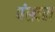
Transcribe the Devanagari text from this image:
पंखन